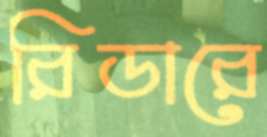
রিডারে